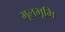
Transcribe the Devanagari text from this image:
मूलभूमि